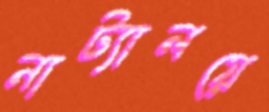
নাট্যালয়ে